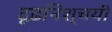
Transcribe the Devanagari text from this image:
दृढ़निश्‍चयी